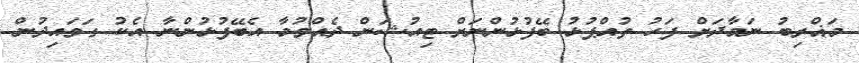
މަޣްރިބު ނަމާދަށް ފަހު ތުއްޕުޅު ބޭފުޅުންނަށް ޓިއުޝަން ދެއްވުމާ އެބޭފުޅުންނާ އެކު ގަވައިދުން